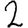
Digit: 2